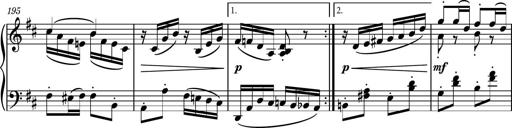
Title: Piano Sonatina No.6
Composer: Dimitri Sykias
Key: A major